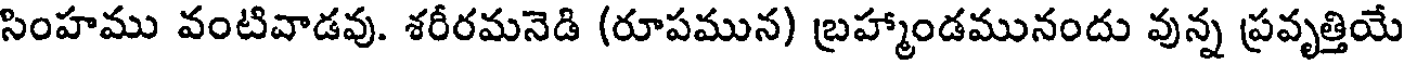
సింహము వంటివాడవు. శరీరమనెడి (రూపమున) బ్రహ్మాండమునందు వున్న ప్రవృత్తియే